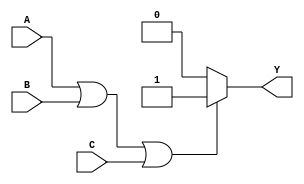
module three_input_or_gate(
    input wire A,
    input wire B,
    input wire C,
    output reg Y
);

always @(*) begin
    if (A || B || C) begin
        Y = 1;
    end else begin
        Y = 0;
    end
end

endmodule